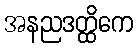
အနညဒတ္ထိကေ